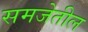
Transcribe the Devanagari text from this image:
समजेतील